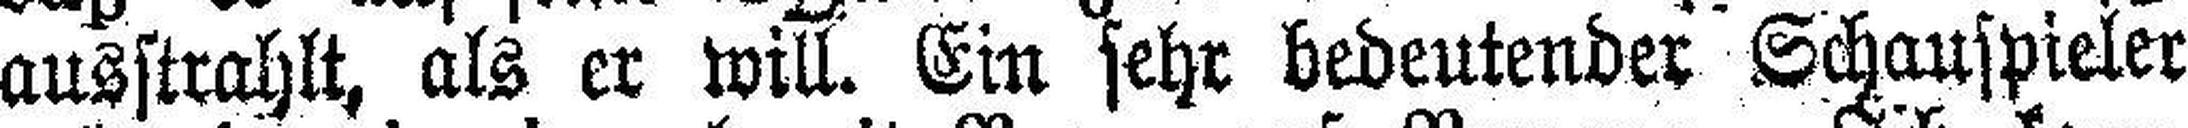
ausstrahlt, als er will. Ein sehr bedeutender Schauspieler